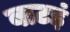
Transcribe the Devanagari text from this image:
बाटइं